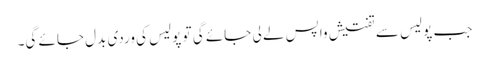
جب پولیس سے تفتیش واپس لے لی جائے گی تو پولیس کی وردی بدل جائے گی۔